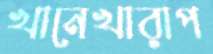
খানেখারাপ